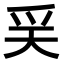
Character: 𤓻